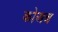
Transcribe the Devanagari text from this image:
कोअब